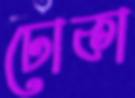
ঢোকা